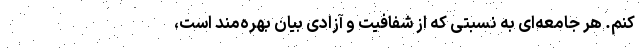
کنم. هر جامعه‌ای به نسبتی که از شفافیت و آزادی بیان بهره‌مند است،